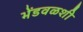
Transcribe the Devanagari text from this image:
भेंडवळशी